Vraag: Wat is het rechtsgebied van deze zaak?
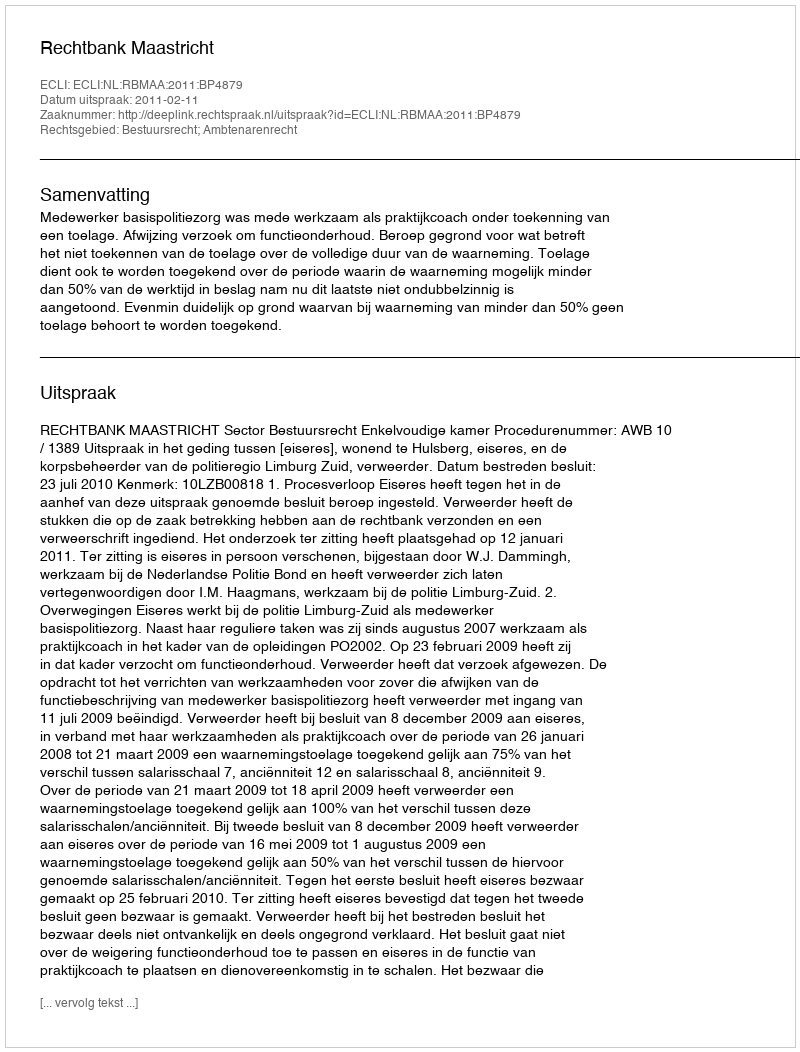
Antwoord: Bestuursrecht; Ambtenarenrecht